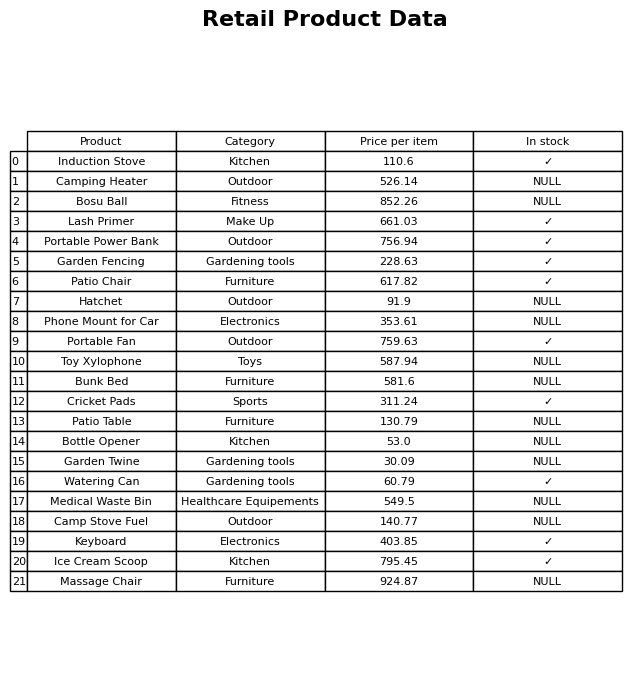
question: Which products are available in stock?
answer: Induction Stove, Lash Primer, Portable Power Bank, Garden Fencing, Patio Chair, Portable Fan, Cricket Pads, Watering Can, Keyboard, Ice Cream Scoop